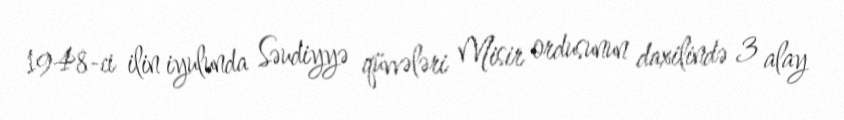
1948-ci ilin iyulunda Səudiyyə qüvvələri Misir ordusunun daxilində 3 alay